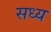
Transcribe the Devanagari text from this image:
सध्य